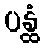
ပန္ထံ